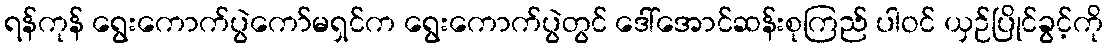
ရန်ကုန် ရွေးကောက်ပွဲကော်မရှင်က ရွေးကောက်ပွဲတွင် ဒေါ်အောင်ဆန်းစုကြည် ပါဝင် ယှဉ်ပြိုင်ခွင့်ကို